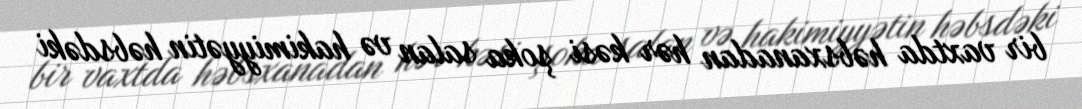
bir vaxtda həbsxanadan hər kəsi şoka salan və hakimiyyətin həbsdəki